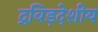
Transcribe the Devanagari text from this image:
द्रविड़देशीय